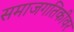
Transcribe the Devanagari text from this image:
समाजगतिकीवर